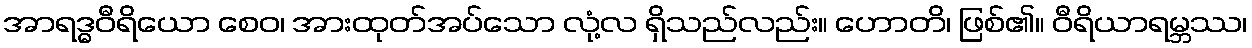
အာရဒ္ဓဝီရိယော စေဝ၊ အားထုတ်အပ်သော လုံ့လ ရှိသည်လည်း။ ဟောတိ၊ ဖြစ်၏။ ဝီရိယာရမ္ဘဿ၊